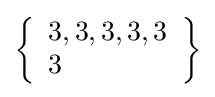
\left\{{\begin{array}{l}3,3,3,3,3\\3\end{array}}\right\}